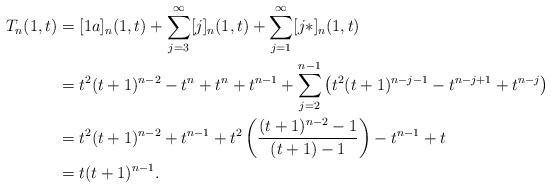
LaTeX: \begin{align*}T_n(1,t) &= [1a]_n(1,t) + \sum_{j=3}^\infty [j]_n(1,t) + \sum_{j=1}^\infty [j*]_n(1,t) \\&= t^2 (t+1)^{n-2} - t^n + t^n + t^{n-1} + \sum_{j=2}^{n-1} \left( t^2 (t+1)^{n-j-1} - t^{n-j+1} + t^{n-j}\right) \\&= t^2(t+1)^{n-2} + t^{n-1} + t^2\left(\frac{(t+1)^{n-2}-1}{(t+1)-1}\right) - t^{n-1} + t \\&= t(t+1)^{n-1}.\end{align*}